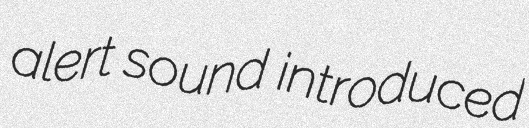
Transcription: alert sound introduced